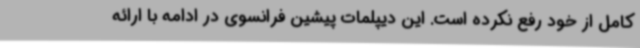
کامل از خود رفع نکرده است. این دیپلمات پیشین فرانسوی در ادامه با ارائه